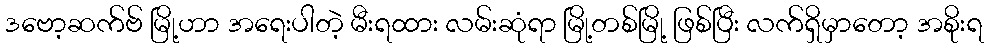
ဒဗော့ဆက်ဗ် မြို့ဟာ အရေးပါတဲ့ မီးရထား လမ်းဆုံရာ မြို့တစ်မြို့ ဖြစ်ပြီး လက်ရှိမှာတော့ အစိုးရ